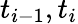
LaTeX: t_{i-1},t_{i}